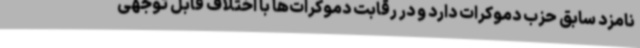
نامزد سابق حزب دموکرات دارد و در رقابت دموکرات‌ها با اختلاف قابل توجهی